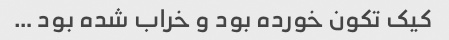
کیک‌ تکون خورده بود و خراب شده بود …